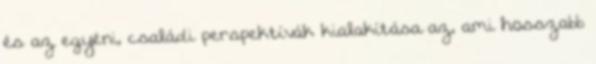
és az egyéni, családi perspektívák kialakítása az, ami hosszabb